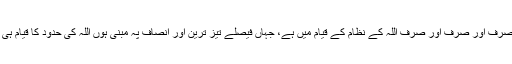
تمام مسائل کا حل صرف اور صرف اور صرف اور صرف اللہ کے نظام کے قیام میں ہے، جہاں فیصلے تیز ترین اور انصاف پہ مبنی ہوں اللہ کی حدود کا قیام ہی امن اور انصاف کا ضامن ہے۔